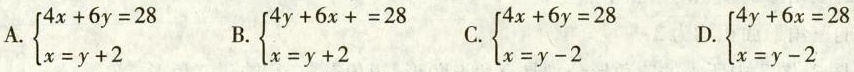
A.$$\left\{ \begin{matrix} 4x+6y=28 \\ x=y+2\end{matrix} \right.$$ B.$$\left\{ \begin{matrix} 4y+6x+=28 \\ x=y+2\end{matrix} \right.$$ C.$$\left\{ \begin{matrix} 4y+6x=28 \\ x=y-2\end{matrix} \right.$$ D.$$\left\{ \begin{matrix} 4x+6y=28 \\ x=y-2\end{matrix} \right.$$